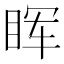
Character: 𬑕